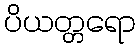
ပိယတ္တရော